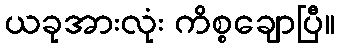
ယခုအားလုံး ကိစ္စချောပြီ။